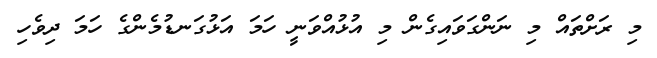
މި ރަށްތައް މި ނަންގަވައިގެން މި އުޅުއްވަނީ ހަމަ އަޅުގަނޑުމެންގެ ހަމަ ދިވެހި